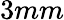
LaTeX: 3mm